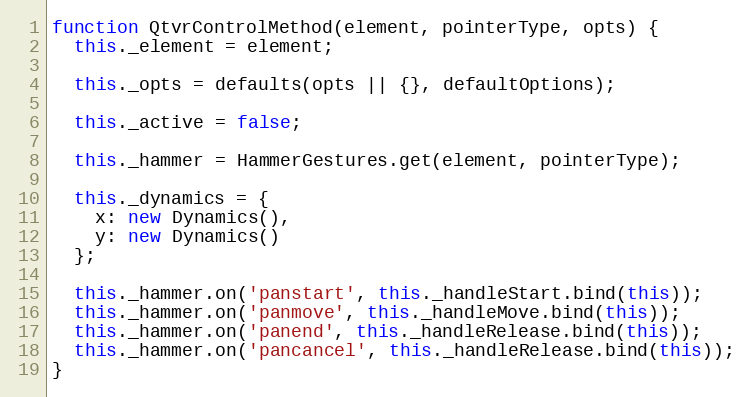
Language: JavaScript
function QtvrControlMethod(element, pointerType, opts) {
  this._element = element;

  this._opts = defaults(opts || {}, defaultOptions);

  this._active = false;

  this._hammer = HammerGestures.get(element, pointerType);

  this._dynamics = {
    x: new Dynamics(),
    y: new Dynamics()
  };

  this._hammer.on('panstart', this._handleStart.bind(this));
  this._hammer.on('panmove', this._handleMove.bind(this));
  this._hammer.on('panend', this._handleRelease.bind(this));
  this._hammer.on('pancancel', this._handleRelease.bind(this));
}